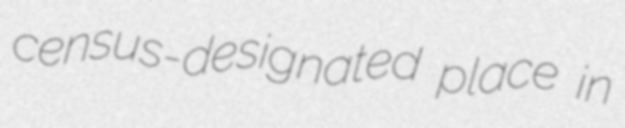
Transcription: census-designated place in